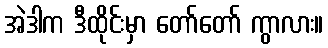
အဲဒါက ဒီထိုင်းမှာ တော်တော် ကွာလား။